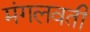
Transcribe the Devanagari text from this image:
मंगलवती